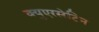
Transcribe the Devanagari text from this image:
क्युएरसेटिन